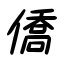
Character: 僑